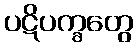
ပဋိပက္ခတွေ